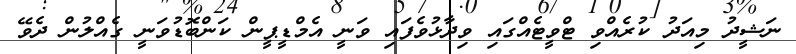
ނަޝީދު މިއަދު ކުރެއްވި ޓްވީޓެއްގައި ވިދާޅުވެފައި ވަނީ އެމްޑީޕީން ކަންބޮޑުވަނީ ގެއްލުން ދެވޭ